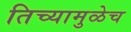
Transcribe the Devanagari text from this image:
तिच्यामुळेच